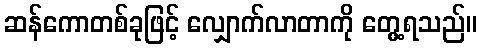
ဆန်ကောတစ်ခုဖြင့် လျှောက်လာတာကို တွေ့ရသည်။